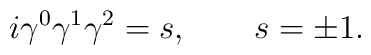
i\gamma^0\gamma^1\gamma^2=s, \qquad s=\pm1.